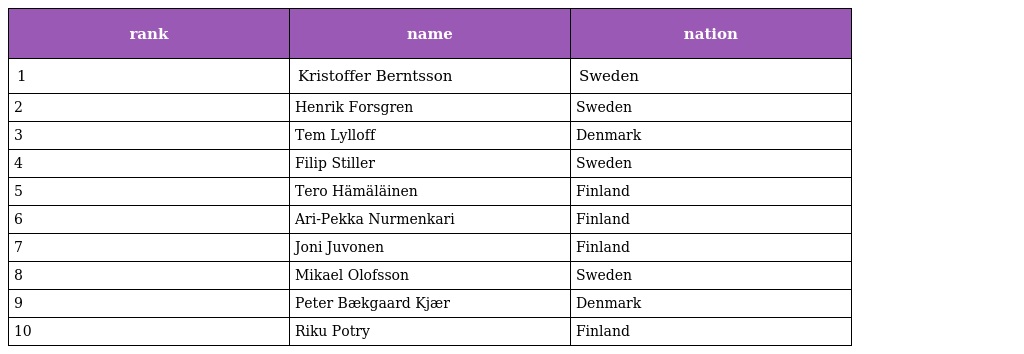
| rank | name | nation |
 | --- | --- | --- |
 | 1 | Kristoffer Berntsson | Sweden |
 | 2 | Henrik Forsgren | Sweden |
 | 3 | Tem Lylloff | Denmark |
 | 4 | Filip Stiller | Sweden |
 | 5 | Tero Hämäläinen | Finland |
 | 6 | Ari-Pekka Nurmenkari | Finland |
 | 7 | Joni Juvonen | Finland |
 | 8 | Mikael Olofsson | Sweden |
 | 9 | Peter Bækgaard Kjær | Denmark |
 | 10 | Riku Potry | Finland |